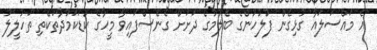
އެ މައްސަލައާ ގުޅިގެން ފުލުހުންގެ ބެލުމުގެ ދަށަށް ގެނެސްފައިވާ މީހާގެ ކުޑަކަމުދާތަކެތި ތަހުލީލު